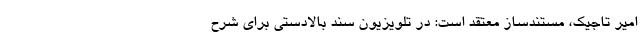
امیر تاجیک، مستندساز معتقد است: در تلویزیون سند بالادستی برای شرح